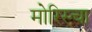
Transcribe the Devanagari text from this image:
मोरिस्चा